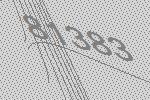
81383